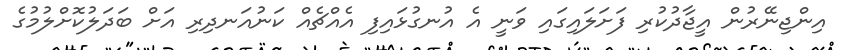
އިންޖިނޭރުން އީޖާދުކުރި ފަށަލައިގައި ވަނީ އެ އުނގުޅައިފި އެއްޗެއް ކަނުއަނދިރި އަށް ބަދަލުކޮށްލުމުގެ